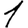
Digit: 1